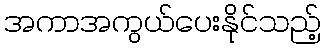
အကာအကွယ်ပေးနိုင်သည့်